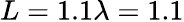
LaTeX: L=1.1\lambda=1.1